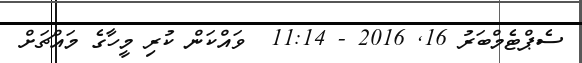
ސެޕްޓެމްބަރު 16